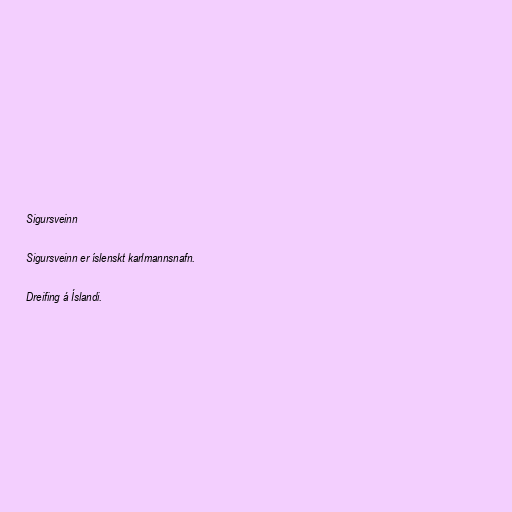
Sigursveinn

Sigursveinn er íslenskt karlmannsnafn.

Dreifing á Íslandi.